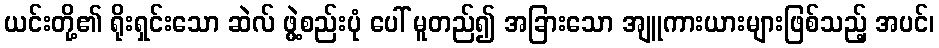
ယင်းတို့၏ ရိုးရှင်းသော ဆဲလ် ဖွဲ့စည်းပုံ ပေါ် မူတည်၍ အခြားသော အျူကားယားများဖြစ်သည့် အပင်၊